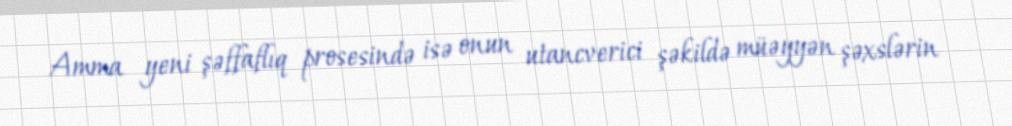
Amma yeni şəffaflıq prosesində isə onun utancverici şəkildə müəyyən şəxslərin